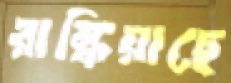
রান্ধিয়াছে